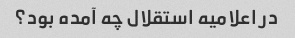
در اعلامیه استقلال چه آمده بود؟